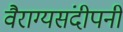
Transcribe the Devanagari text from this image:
वैराग्यसंदीपनी